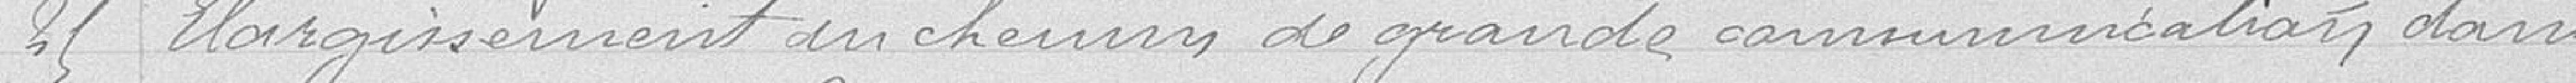
25 Elargissement en chemin de grande communication dans